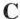
C